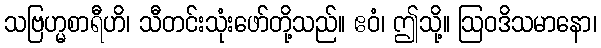
သဗြဟ္မစာရီဟိ၊ သီတင်းသုံးဖော်တို့သည်။ ဧဝံ၊ ဤသို့။ ဩဝဒိသမာနော၊